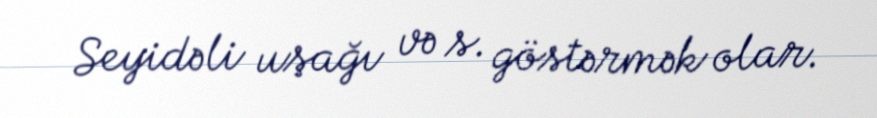
Seyidəli uşağı və s. göstərmək olar.